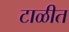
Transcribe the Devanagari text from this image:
टाळीत